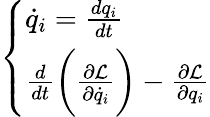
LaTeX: \left\{ \begin{array}{ll}{\dot{q}_{i}=\frac{dq_{i}}{dt}}\\ {\frac{d}{dt}\bigg(\frac{\partial\mathcal{L}}{\partial\dot{q}_{i}}\bigg)-\frac{\partial\mathcal{L}}{\partial q_{i}}}\end{array}\right.